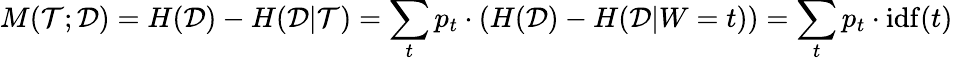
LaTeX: M({\cal{T}};{\cal{D}})=H({\cal{D}})-H({\cal{D}}|{\cal{T}})=\sum_{t}p_{t}\cdot(H({\cal{D}})-H({\cal{D}}|W=t))=\sum_{t}p_{t}\cdot\mathrm{idf}(t)